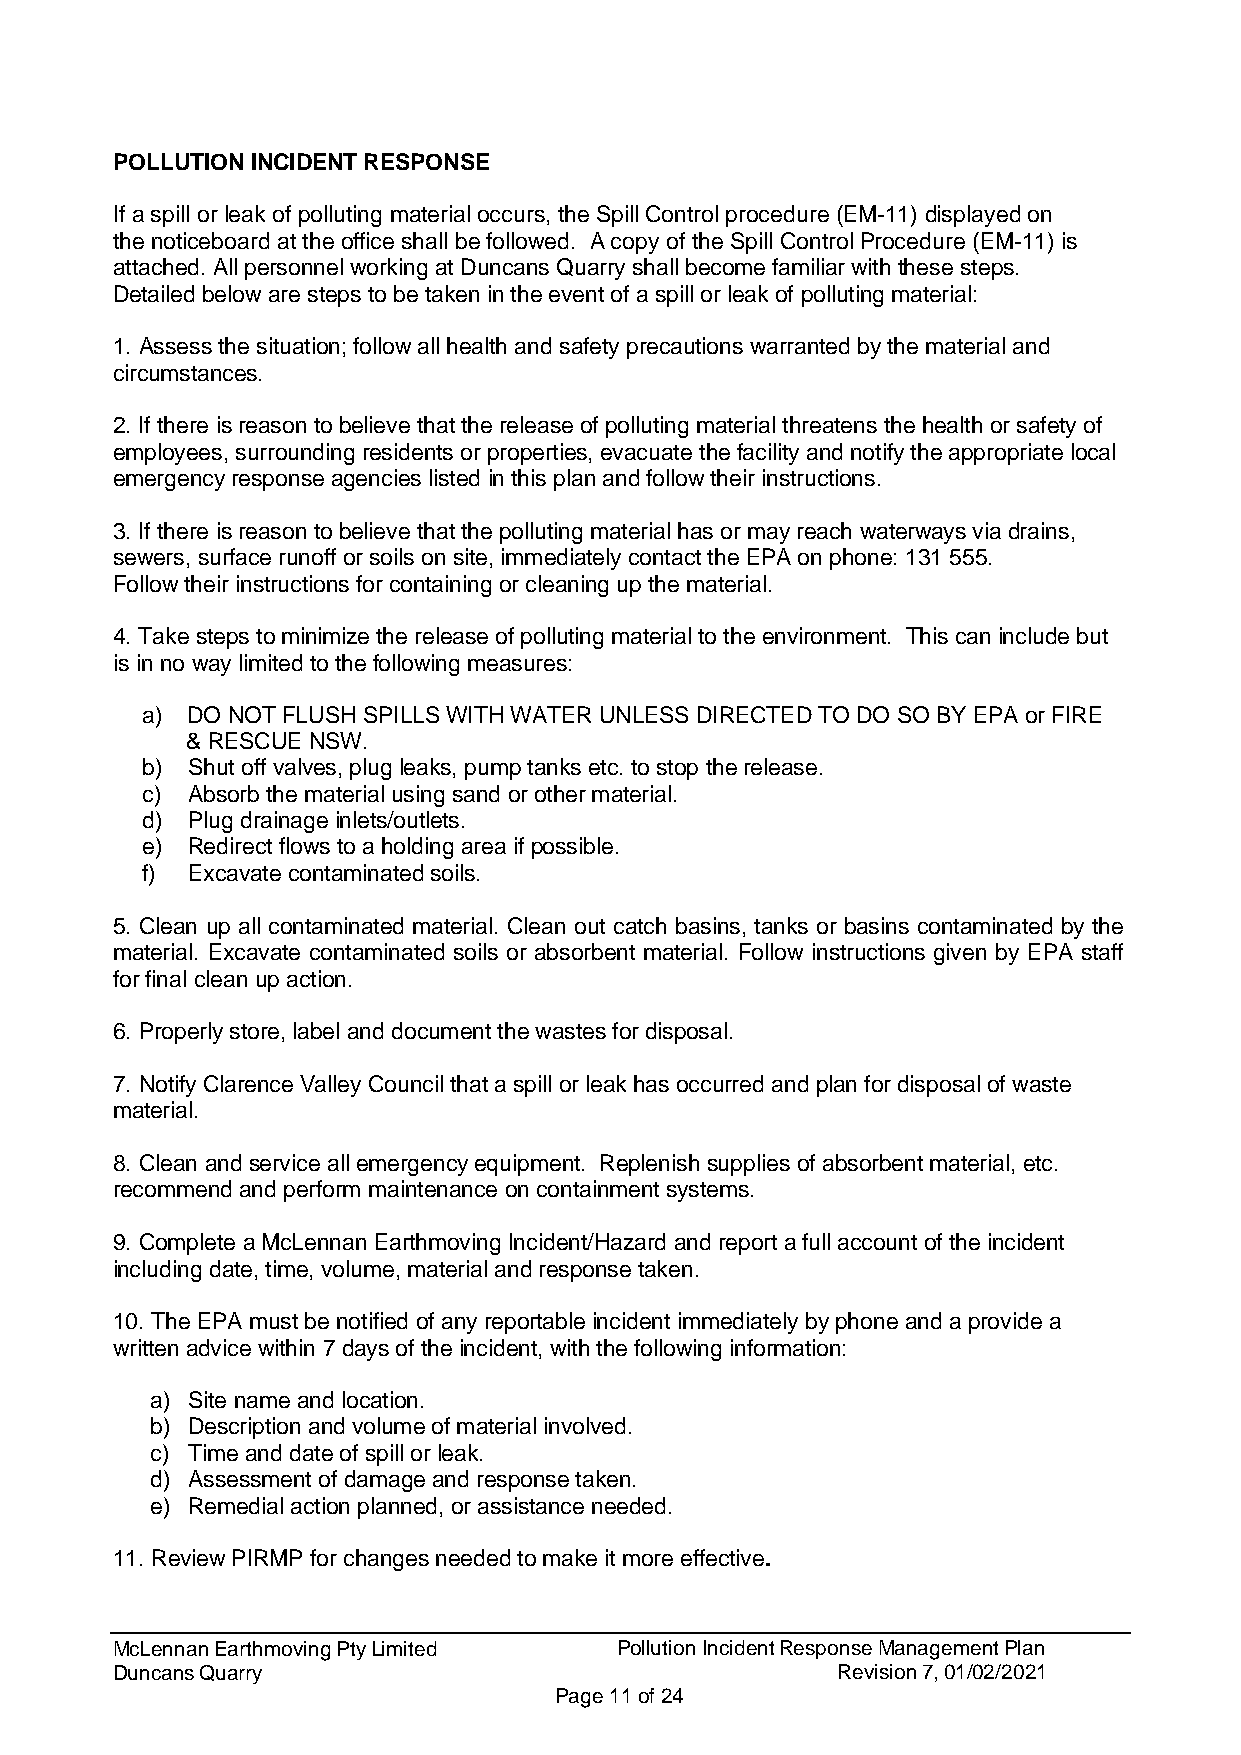
POLLUTION INCIDENT RESPONSE
 If a spill or leak of polluting material occurs, the Spill Control procedure (EM-11) displayed on
 the noticeboard at the office shall be followed. A copy of the Spill Control Procedure (EM-11) is
 attached. All personnel working at Duncans Quarry shall become familiar with these steps.
 Detailed below are steps to be taken in the event of a spill or leak of polluting material:
 1. Assess the situation; follow all health and safety precautions warranted by the material and
 circumstances.
 2. If there is reason to believe that the release of polluting material threatens the health or safety of
 employees, surrounding residents or properties, evacuate the facility and notify the appropriate local
 emergency response agencies listed in this plan and follow their instructions.
 3. If there is reason to believe that the polluting material has or may reach waterways via drains,
 sewers, surface runoff or soils on site, immediately contact the EPA on phone: 131 555.
 Follow their instructions for containing or cleaning up the material.
 4. Take steps to minimize the release of polluting material to the environment. This can include but
 is in no way limited to the following measures:
 a) DO NOT FLUSH SPILLS WITH WATER UNLESS DIRECTED TO DO SO BY EPA or FIRE
 & RESCUE NSW.
 b) Shut off valves, plug leaks, pump tanks etc. to stop the release.
 c) Absorb the material using sand or other material.
 d) Plug drainage inlets/outlets.
 e) Redirect flows to a holding area if possible.
 f) Excavate contaminated soils.
 5. Clean up all contaminated material. Clean out catch basins, tanks or basins contaminated by the
 material. Excavate contaminated soils or absorbent material. Follow instructions given by EPA staff
 for final clean up action.
 6. Properly store, label and document the wastes for disposal.
 7. Notify Clarence Valley Council that a spill or leak has occurred and plan for disposal of waste
 material.
 8. Clean and service all emergency equipment. Replenish supplies of absorbent material, etc.
 recommend and perform maintenance on containment systems.
 9. Complete a McLennan Earthmoving Incident/Hazard and report a full account of the incident
 including date, time, volume, material and response taken.
 10. The EPA must be notified of any reportable incident immediately by phone and a provide a
 written advice within 7 days of the incident, with the following information:
 a) Site name and location.
 b) Description and volume of material involved.
 c) Time and date of spill or leak.
 d) Assessment of damage and response taken.
 e) Remedial action planned, or assistance needed.
 11. Review PIRMP for changes needed to make it more effective.
 McLennan Earthmoving Pty Limited  Pollution Incident Response Management Plan
 Duncans Quarry                                  Revision 7, 01/02/2021
 Page 11 of 24